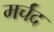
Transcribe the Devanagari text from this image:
मर्चंद